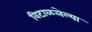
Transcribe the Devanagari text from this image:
विटाळलेल्या